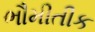
ભૌમીતીક